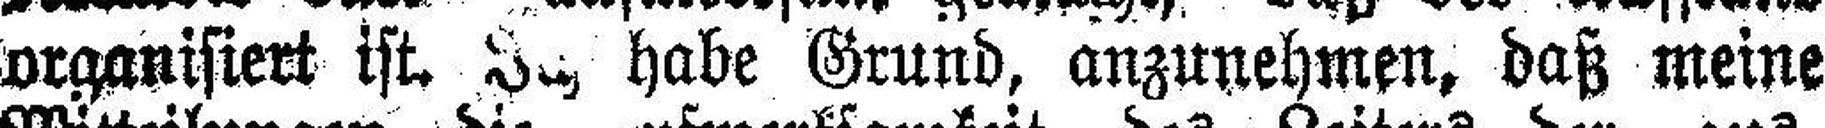
organisiert ist. In habe Grund, anzunehmen, daß meine